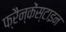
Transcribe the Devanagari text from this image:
फ्रैन्केंस्टाइन